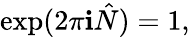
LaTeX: \exp(2\pi\mathbf{i}\hat{{N}})=1,